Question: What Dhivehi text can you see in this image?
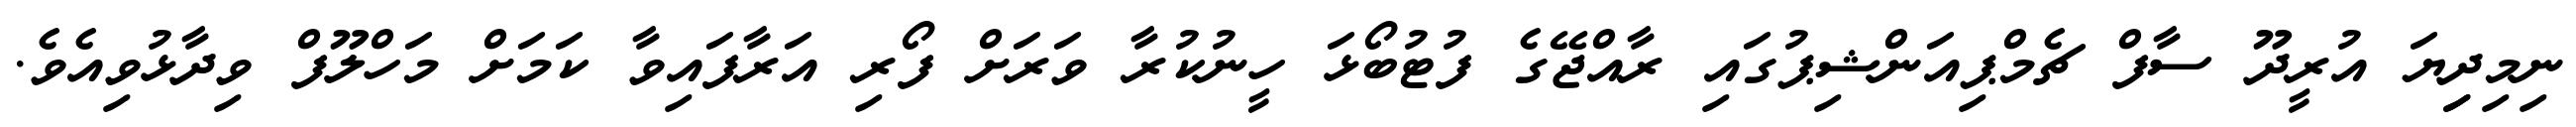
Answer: ނިމިދިިޔަ އުރީދޫ ސާފް ޗެމްޕިއަންޝިޕުގައި ރާއްޖޭގެ ފުޓުބޯޅަ ހީނުކުރާ ވަރަށް ފޯރި އަރާފައިވާ ކަމަށް މަހްލޫފް ވިދާޅުވިއެވެ.